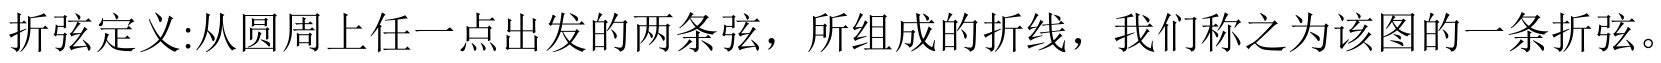
折弦定义:从圆周上任一点出发的两条弦，所组成的折线，我们称之为该图的一条折弦。